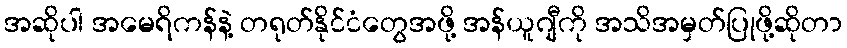
အဆိုပါ အမေရိကန်နဲ့ တရုတ်နိုင်ငံတွေအဖို့ အန်ယူဂျီကို အသိအမှတ်ပြုဖို့ဆိုတာ